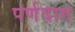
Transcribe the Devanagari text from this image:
पर्णदाग